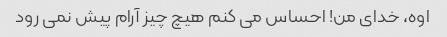
اوه، خدای من! احساس می کنم هیچ چیز آرام پیش نمی رود